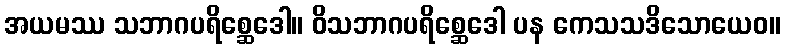
အယမဿ သဘာဂပရိစ္ဆေဒေါ။ ဝိသဘာဂပရိစ္ဆေဒေါ ပန ကေသသဒိသောယေဝ။